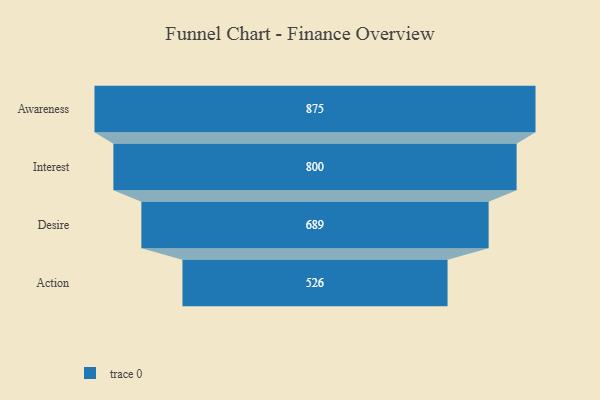
{"axis": {"x": "Stage", "y": "Value"}, "legend": [""], "data": [{"x": "Awareness", "y": 875.0, "type": ""}, {"x": "Interest", "y": 800.0, "type": ""}, {"x": "Desire", "y": 689.0, "type": ""}, {"x": "Action", "y": 526.0, "type": ""}]}